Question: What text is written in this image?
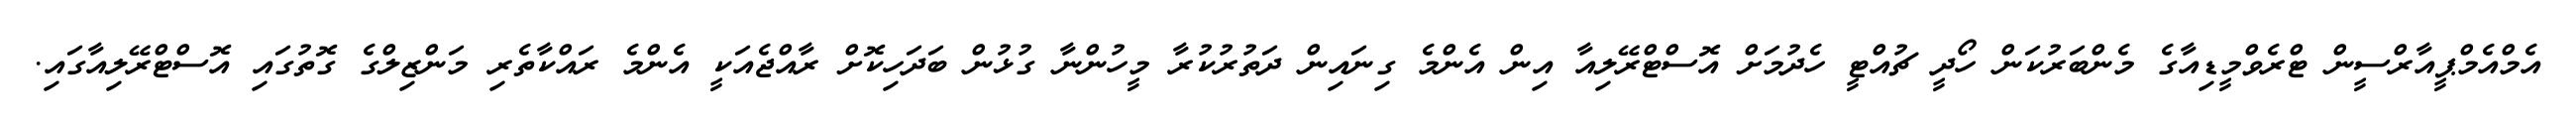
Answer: އެމްއެމްޕީއާރްސީން ޓްރެވްމީޑިއާގެ މެންބަރުކަން ހޯދީ ޗުއްޓީ ހެދުމަށް އޮސްޓްރޭލިއާ އިން އެންމެ ގިނައިން ދަތުރުކުރާ މީހުންނާ ގުޅުން ބަދަހިކޮށް ރާއްޖެއަކީ އެންމެ ރައްކާތެރި މަންޒިލްގެ ގޮތުގައި އޮސްޓްރޭލިއާގައި.